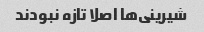
شیرینی‌ها اصلا تازه نبودند